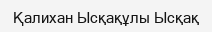
Қалихан Ысқақұлы Ысқақ